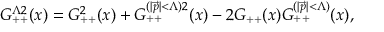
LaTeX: G _ { + + } ^ { \Lambda 2 } ( x ) = G _ { + + } ^ { 2 } ( x ) + G _ { + + } ^ { ( \vert \vec { p } \vert < \Lambda ) 2 } ( x ) - 2 G _ { + + } ( x ) G _ { + + } ^ { ( \vert \vec { p } \vert < \Lambda ) } ( x ) ,